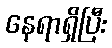
နေရာရှိပြီး